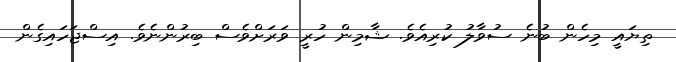
ތިޔައީ މިހެން ބުނެ ސުވާލު ކުރިއެވެ. ޝާމިން ހުރީ ވަރަށްވެސް ބިރުންނެވެ. އިސްޖަހައިގެން